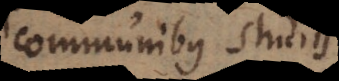
communibus studiis